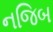
નજિબ